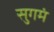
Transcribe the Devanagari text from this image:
सुगमं